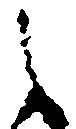
之